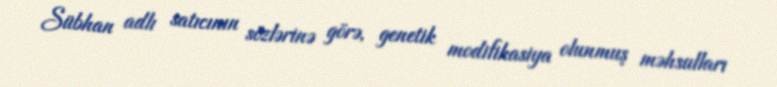
Sübhan adlı satıcının sözlərinə görə, genetik modifikasiya olunmuş məhsulları